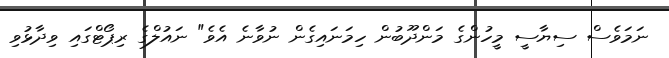
ނަމަވެސް ސިޔާސީ މީހުންގެ މަންދޫބުން ހިމަނައިގެން ނުވާނެ އެވެ" ނައުލްގެ ރިޕޯޓްގައި ވިދާޅުވި